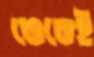
ভেঙেই